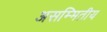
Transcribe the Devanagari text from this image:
असम्मितीय